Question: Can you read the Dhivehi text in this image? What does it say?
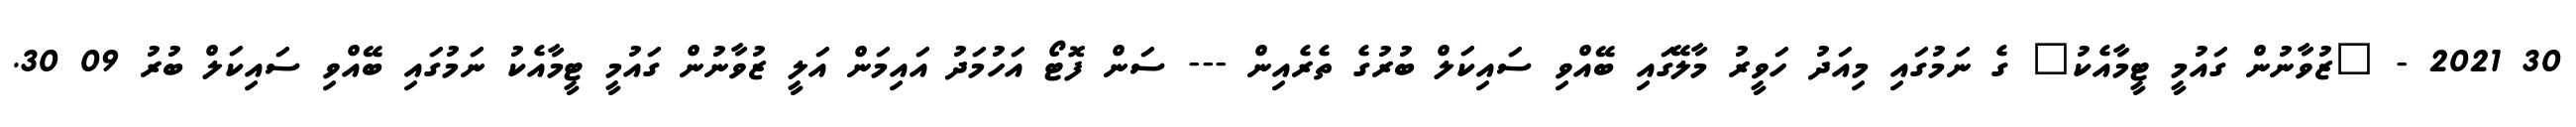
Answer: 30 2021 - "ޒުވާނުން ގައުމީ ޓީމާއެކު" ގެ ނަމުގައި މިއަދު ހަވީރު މާލޭގައި ބޭއްވި ސައިކަލް ބުރުގެ ތެރެއިން --- ސަން ފޮޓޯ އަހުމަދު އައިމަން އަލީ ޒުވާނުން ގައުމީ ޓީމާއެކު ނަމުގައި ބޭއްވި ސައިކަލް ބުރު 09 30.